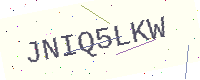
Text: JNIQ5LKW